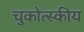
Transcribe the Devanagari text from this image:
चुकोत्स्कीय